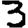
Digit: 3